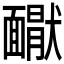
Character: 𩉇